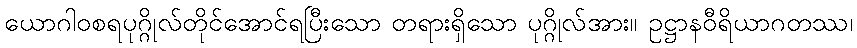
ယောဂါဝစရပုဂ္ဂိုလ်တိုင်အောင်ရပြီးသော တရားရှိသော ပုဂ္ဂိုလ်အား။ ဥဋ္ဌာနဝီရိယာဂတဿ၊